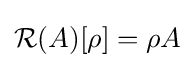
{\mathcal {R}}(A)[\rho ]=\rho A